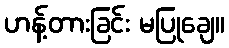
ဟန့်တားခြင်း မပြုချေ။